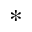
^ { \ast }